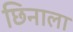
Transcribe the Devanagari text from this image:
छिनाला